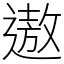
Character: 遨